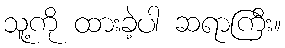
သူ့ကို ထားခဲ့ပါ ဆရာကြီး။